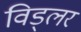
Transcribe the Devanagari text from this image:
विड्लर